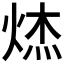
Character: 𮳮